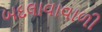
બદલાવાવાળી